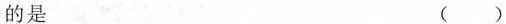
的是 ()